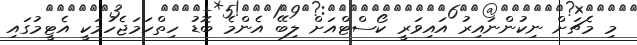
މި މެޗަށް ނިކުންނައިރު އައިވަރީ ކޯސްޓްއަށް ލިބޭ އެންމެ ބޮޑު ހިތްހަމަޖެހުމަކީ އެޓީމުގައި